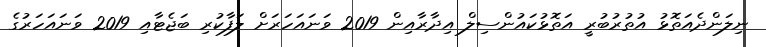
ނިލަންދެއަތޮޅު އުތުރުބުރީ އަތޮޅުކައުންސިލް އިދާރާއިން 2019 ވަނައަހަރަށް ލަފާކުރި ބަޖެޓާއި 2019 ވަނައަހަރުގެ